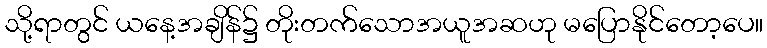
သို့ရာတွင် ယနေ့အချိန်၌ တိုးတက်သောအယူအဆဟု မပြောနိုင်တော့ပေ။